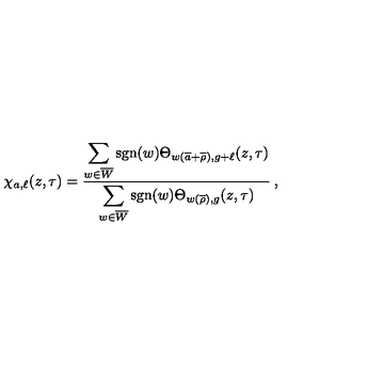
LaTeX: \chi _ { a , \ell } ( z , \tau ) = \frac { \displaystyle \sum _ { w \in \overline { W } } \mathrm { s g n } ( w ) \Theta _ { w ( \overline { { a } } + \overline { { \rho } } ) , g + \ell } ( z , \tau ) } { \displaystyle \sum _ { w \in \overline { W } } \mathrm { s g n } ( w ) \Theta _ { w ( \overline { { \rho } } ) , g } ( z , \tau ) } \: ,